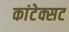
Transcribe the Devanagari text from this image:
कांटेक्सट